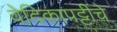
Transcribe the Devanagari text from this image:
वेदिकापट्टींचे